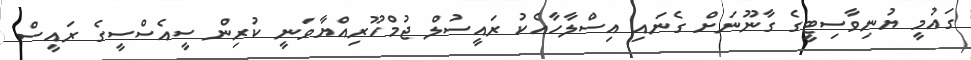
ގައުމީ ޔުނިވާސިޓީގެ ގާނޫނަށް ގެނައި އިސްލާހާއެކު ރައީސުލް ޖުމްހޫރިއްޔާވަނީ ކުރިން ސީއެސްސީގެ ރައީސް